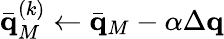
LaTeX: \bar{\mathbf q}_{M}^{(k)}\gets\bar{\mathbf q}_{M}-\alpha\Delta\mathbf q